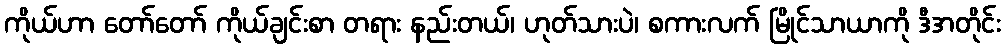
ကိုယ်ဟာ တော်တော် ကိုယ်ချင်းစာ တရား နည်းတယ်၊ ဟုတ်သားပဲ၊ စကားလက် မြိုင်သာယာကို ဒီအတိုင်း